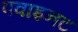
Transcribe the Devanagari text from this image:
पवाइनट